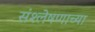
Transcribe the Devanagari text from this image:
संश्लेषणाच्या